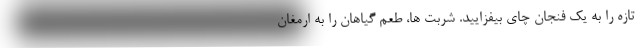
تازه را به یک فنجان چای بیفزایید. شربت ها، طعم گیاهان را به ارمغان